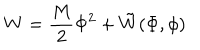
W = \frac { M } { 2 } \Phi ^ { 2 } + \tilde { W } ( \Phi , \phi )